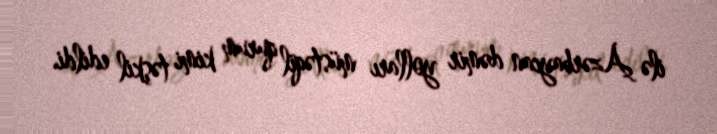
ilə Azərbaycan dəmir yolları müstəqil qurum kimi təşkil edildi.